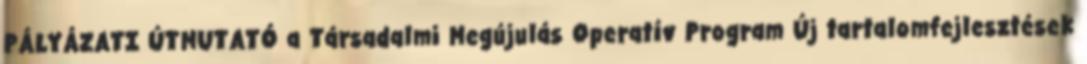
PÁLYÁZATI ÚTMUTATÓ a Társadalmi Megújulás Operatív Program Új tartalomfejlesztések